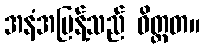
အနံအပြန့်သည် ဝိတ္ထတ။